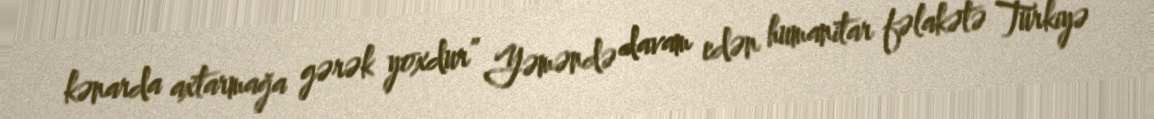
kənarda axtarmağa gərək yoxdur” Yəməndə davam edən humanitar fəlakətə Türkiyə